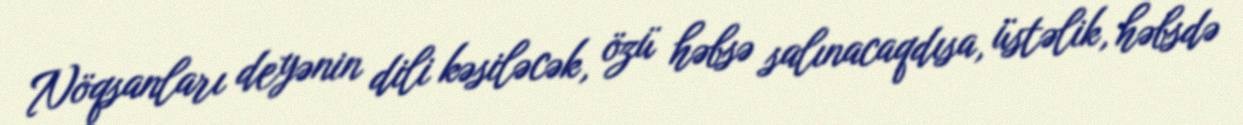
Nöqsanları deyənin dili kəsiləcək, özü həbsə salınacaqdısa, üstəlik, həbsdə